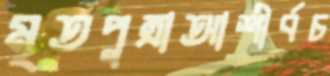
মৃতপুত্রাআশীর্বচ